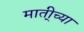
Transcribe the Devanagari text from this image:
माती्च्या